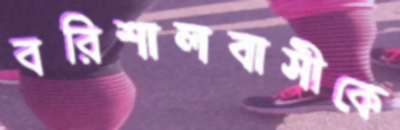
বরিশালবাসীকে